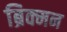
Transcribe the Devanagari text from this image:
ब्रिक्मन